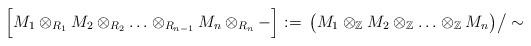
LaTeX: \begin{align*}\Big[ M_1 \otimes_{R_1} M_2 \otimes_{R_2} \ldots \otimes_{R_{n-1}} M_n \otimes_{R_n} - \Big]_{}:=\,\big(M_1 \otimes_{\mathbb Z} M_2 \otimes_{\mathbb Z} \ldots \otimes_{\mathbb Z} M_n\big)\big/\sim\,\end{align*}